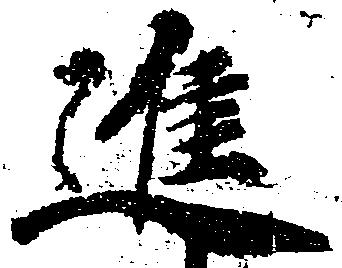
進